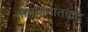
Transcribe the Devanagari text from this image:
तापमानातवाढ